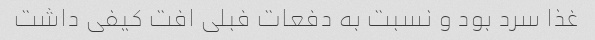
غذا سرد بود و نسبت به دفعات فبلی افت کیفی داشت